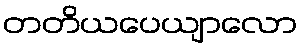
တတိယပေယျာလော